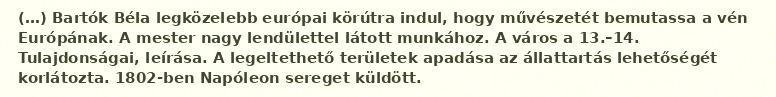
(…) Bartók Béla legközelebb európai körútra indul, hogy művészetét bemutassa a vén Európának. A mester nagy lendülettel látott munkához. A város a 13.–14. Tulajdonságai, leírása. A legeltethető területek apadása az állattartás lehetőségét korlátozta. 1802-ben Napóleon sereget küldött.